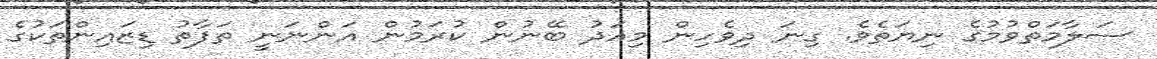
ސަލާމަތްވުމުގެ ނިޔަތެވެ. ގިނަ ދިވެހިން މިއަދު ބޭނުން ކުރަމުން އަންނަނީ ތަފާތު ޑިޒައިންތަކުގެ